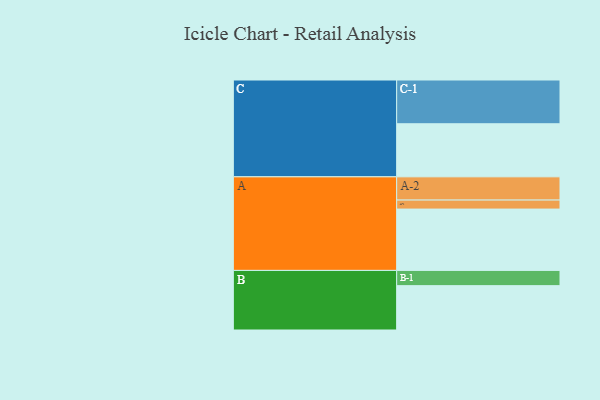
{"axis": {"x": "Segment", "y": "Value"}, "legend": ["", "A", "B", "C"], "data": [{"x": "A", "y": 415, "type": ""}, {"x": "B", "y": 300, "type": ""}, {"x": "C", "y": 359, "type": ""}, {"x": "A-1", "y": 61, "type": "A"}, {"x": "A-2", "y": 157, "type": "A"}, {"x": "B-1", "y": 103, "type": "B"}, {"x": "C-1", "y": 296, "type": "C"}]}